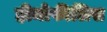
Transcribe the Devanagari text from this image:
हीमोफीलिस